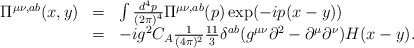
\begin{align*}\begin{array}{rll}\Pi ^{\mu\nu,ab}(x,y)&=&\int \frac{d^4p}{(2\pi )^4}\Pi ^{\mu\nu,ab}(p)\exp (-ip(x-y))\\ &=&-ig^2C_A\frac 1{(4\pi )^2}\frac {11}{3} \delta ^{ab}(g^{\mu\nu}\partial ^2-\partial ^{\mu}\partial ^{\nu}) H(x-y).\end{array}\end{align*}